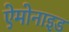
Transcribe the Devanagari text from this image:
ऐमोनाइड